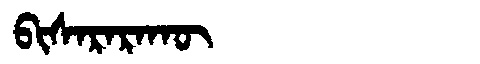
Manchu: ᠪᡳᠰᠠᡵᠠᡵᠠᡴᡡ
Romanization: BISARARAKŪ